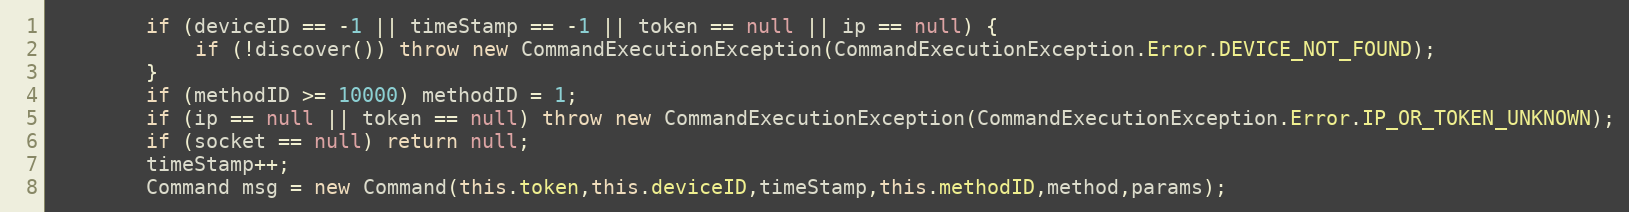
Language: Java
        if (deviceID == -1 || timeStamp == -1 || token == null || ip == null) {
            if (!discover()) throw new CommandExecutionException(CommandExecutionException.Error.DEVICE_NOT_FOUND);
        }
        if (methodID >= 10000) methodID = 1;
        if (ip == null || token == null) throw new CommandExecutionException(CommandExecutionException.Error.IP_OR_TOKEN_UNKNOWN);
        if (socket == null) return null;
        timeStamp++;
        Command msg = new Command(this.token,this.deviceID,timeStamp,this.methodID,method,params);